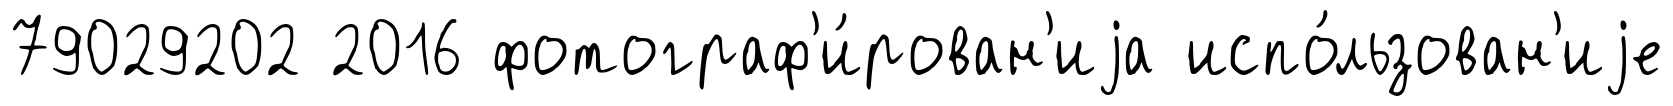
79029202 2016 фотограф'и́рован'иjа испо́льзован'иjе